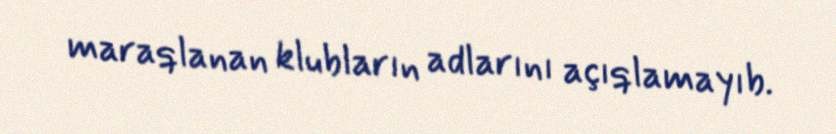
maraqlanan klubların adlarını açıqlamayıb.